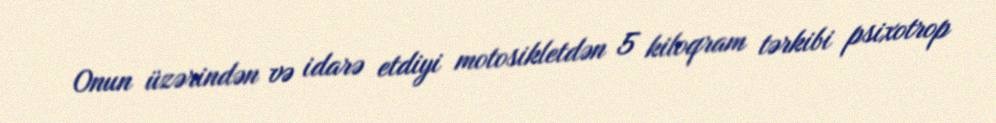
Onun üzərindən və idarə etdiyi motosikletdən 5 kiloqram tərkibi psixotrop